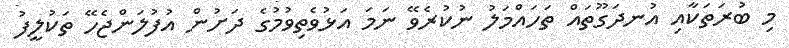
މި ބުރަތަކާއި އުނދަގޫތައް ތަހައްމަލު ނުކުރެވޭ ނަމަ އަޅުވެތިވުމުގެ ދަށުން އުފުލަންޖެހޭ ތަކުލީފު